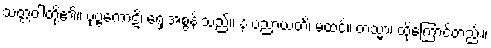
သတ္တဝါတို့၏။ ပုဗ္ဗကောဋိ၊ ရှေးအစွန်းသည်။ န ပညာယတိ၊ မထင်။ တသ္မာ၊ ထိုကြောင့်တည်း။